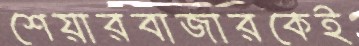
শেয়ারবাজারকেই